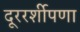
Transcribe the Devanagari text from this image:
दूररर्शीपणा